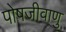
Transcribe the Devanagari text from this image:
पोषजीवाणु